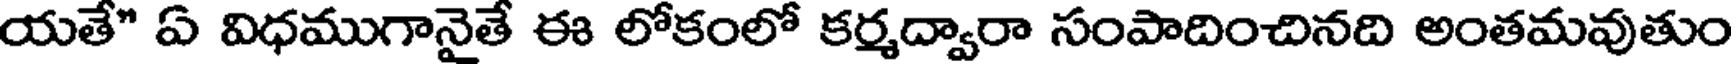
యతే" ఏ విధముగానైతే ఈ లోకంలో కర్మద్వారా సంపాదించినది అంతమవుతుం